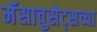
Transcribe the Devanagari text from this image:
मॅसाचुसेट्सच्या